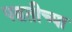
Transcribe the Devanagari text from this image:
पद्घतीच्या